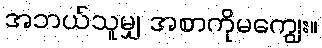
အဘယ်သူမျှ အစာကိုမကျွေး။